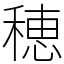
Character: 穂